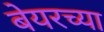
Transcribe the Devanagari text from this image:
बेयरच्या